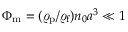
\Phi _ { \mathrm { m } } = ( \varrho _ { \mathrm { p } } / \varrho _ { \mathrm { f } } ) n _ { 0 } a ^ { 3 } \ll 1